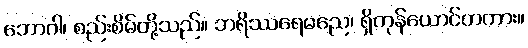
ဘောဂါ၊ စည်းစိမ်တို့သည်။ ဘရိဿရေမညေ၊ ရှိကုန်ယောင်တကား။